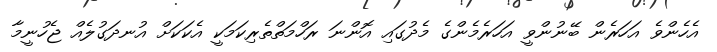
އެހެންވެ އަހަރެން ބޭނުންވީ އަހަރެމެންގެ މެދުގައި އޮންނަ ރަހްމަތްތެރިކަމަކީ އެކަކަށް އުނދަގުލެއް ޖެހުނީމާ